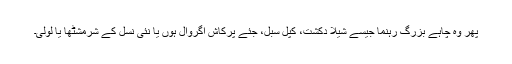
پھر وہ چاہے بزرگ رہنما جیسے شیلا دکشت، کپل سبل، جئے پرکاش اگروال ہوں یا نئی نسل کے شرمشٹھا یا لولی۔